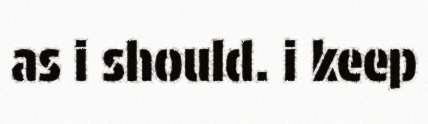
as i should. i keep